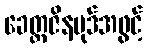
ခေတ္တဇိနပုဒ်အဖွင့်